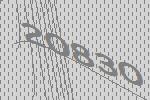
20830